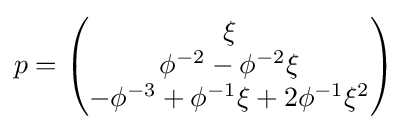
p={\begin{pmatrix}\xi \\\phi ^{-2}-\phi ^{-2}\xi \\-\phi ^{-3}+\phi ^{-1}\xi +2\phi ^{-1}\xi ^{2}\end{pmatrix}}